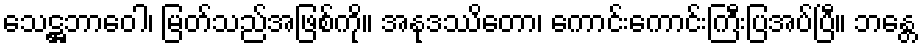
သေဋ္ဌဘာဝေါ၊ မြတ်သည်အဖြစ်ကို။ အနုဒဿိတော၊ ကောင်းကောင်းကြီးပြအပ်ပြီ။ ဘန္တေ